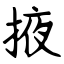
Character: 掖